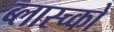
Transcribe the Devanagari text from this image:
ब्लास्च्को